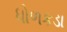
ધોળકડા